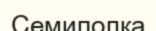
Семиполка